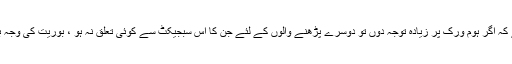
مسئلہ یہ ہے کہ اگر ہوم ورک پر زیادہ توجہ دوں تو دوسرے پڑھنے والوں کے لئے جن کا اس سبجیکٹ سے کوئی تعلق نہ ہو ، بوریت کی وجہ بن سکتا ہے۔